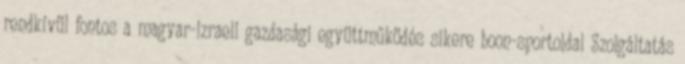
rendkívül fontos a magyar-izraeli gazdasági együttműködés sikere boon-sportoldal Szolgáltatás